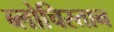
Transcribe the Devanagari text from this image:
ब्लोचिस्तान